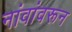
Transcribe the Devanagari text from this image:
नांवांवरून